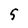
Character: 5